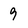
Character: 9